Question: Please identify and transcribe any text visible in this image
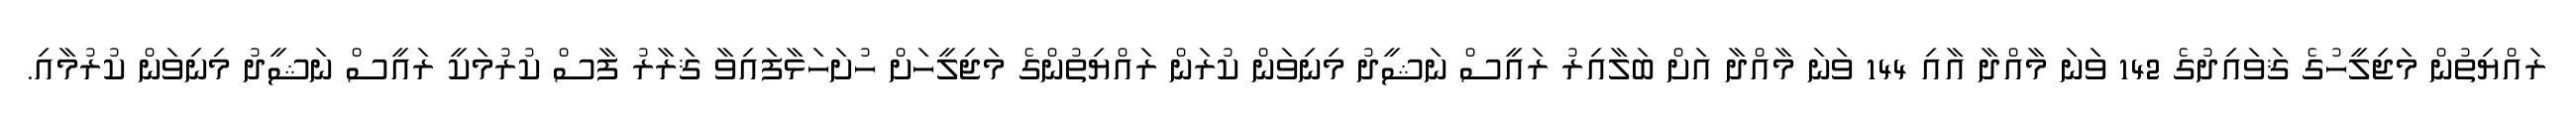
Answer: ރައްޔިތުން މަޖިލީހުގެ ޤަވައިދުގެ 142 ވަނަ މާއްދާ އާއި 144 ވަނަ މާއްދާ އަށް ބަލާއިރު ރައީސް ނަޝީދު މިނިވަން ކުރަން ރައްޔިތުންގެ މަޖިލީހަށް ހުށަހަޅާފައިވާ ޤަރާރު ފާސް ކުރުމަކީ ރައީސް ނަޝީދު މިނިވަން ކުރުމާއި.